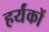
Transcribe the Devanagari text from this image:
हर्यंकों